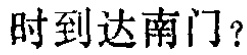
时到达南门？